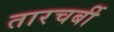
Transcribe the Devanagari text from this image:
तारचर्बी